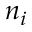
n _ { i }